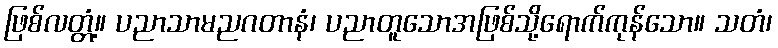
ဖြစ်လတ္တံ့။ ပညာသာမညဂတာနံ၊ ပညာတူသောအဖြစ်သို့ရောက်ကုန်သော။ သတံ၊